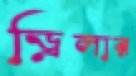
ড্রিলার